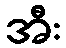
အီး